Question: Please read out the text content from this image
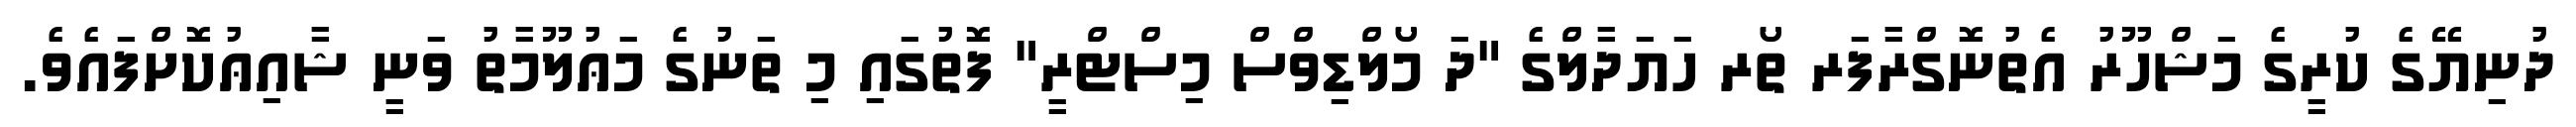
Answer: ދުނިޔޭގެ ކުރީގެ މަޝްހޫރު އެތުނޮގްރާފަރ ތޯރ ހަޔަދާލްގެ "ދަ މޯލްޑިވްސް މިސްޓްރީ" ފޮތުގައި މި ތަނުގެ މަޢުލޫމާތު ވަނީ ޝާއިޢުކޮށްފައެވެ.